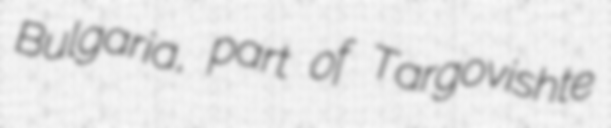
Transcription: Bulgaria, part of Targovishte